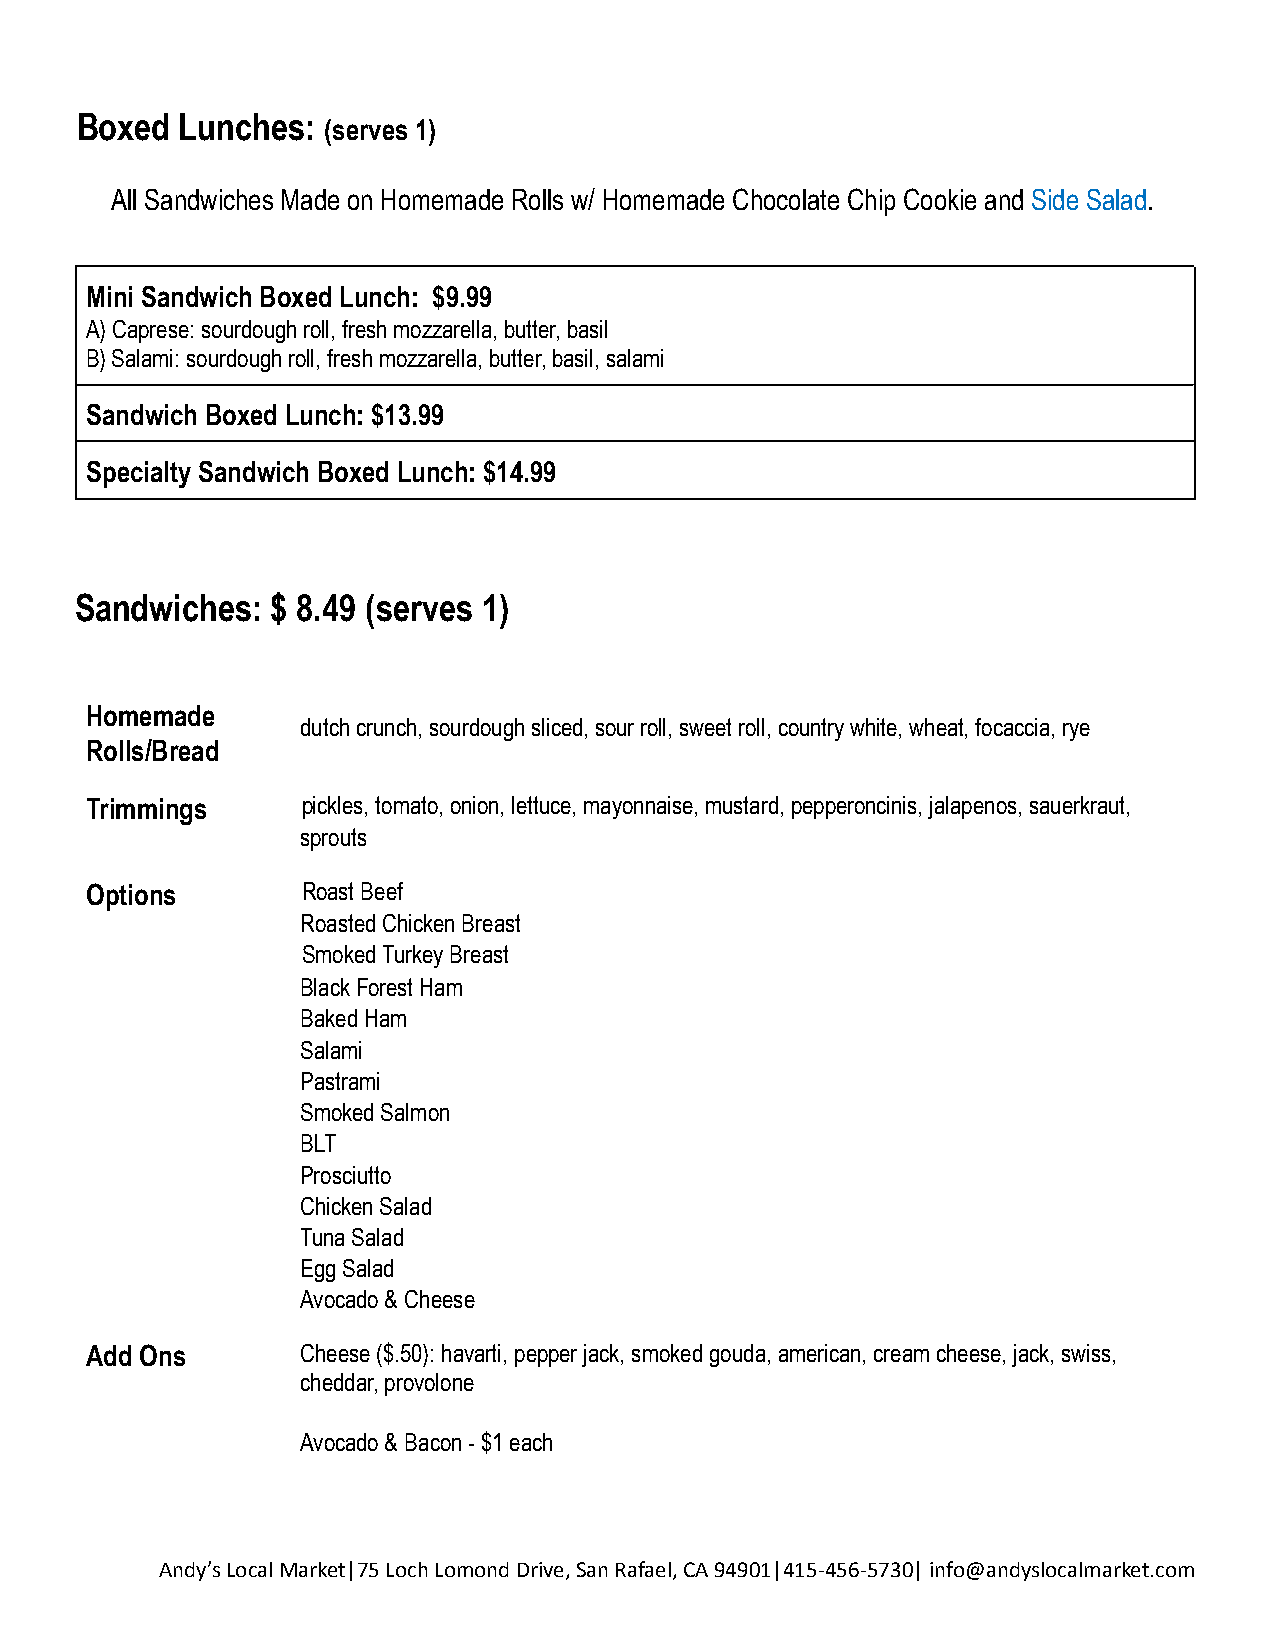
Boxed  Lunches:
 (serves 1)
 All Sandwiches Made on Homemade Rolls w/ Homemade Chocolate Chip Cookie and Side Salad.
 Mini Sandwich Boxed Lunch: $9.99
 A) Caprese: sourdough roll, fresh mozzarella, butter,basil
 B) Salami: sourdough roll, fresh mozzarella, butter,basil, salami
 Sandwich Boxed Lunch: $13.99
 Specialty Sandwich Boxed Lunch: $14.99
 Sandwiches:  $ 8.49 (serves 1)
 Homemade
 dutch crunch, sourdough sliced, sour roll, sweet roll,country white, wheat, focaccia, rye
 Rolls/Bread
 Trimmings     pickles, tomato, onion, lettuce, mayonnaise, mustard,pepperoncinis, jalapenos, sauerkraut,
 sprouts
 Options       Roast Beef
 Roasted Chicken Breast
 Smoked Turkey Breast
 Black Forest Ham
 Baked Ham
 Salami
 Pastrami
 Smoked Salmon
 BLT
 Prosciutto
 Chicken Salad
 Tuna Salad
 Egg Salad
 Avocado & Cheese
 Add Ons       Cheese ($.50): havarti, pepper jack, smoked gouda,american, cream cheese, jack, swiss,
 cheddar, provolone
 Avocado & Bacon - $1 each
 Andy’s Local Market|75 Loch Lomond Drive, San Rafael,CA 94901|415-456-5730| info@andyslocalmarket.com